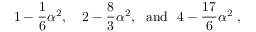
1 - \frac { 1 } { 6 } \alpha ^ { 2 } , ~ ~ ~ 2 - \frac { 8 } { 3 } \alpha ^ { 2 } , { } ~ ~ \mathrm { a n d } ~ ~ 4 - \frac { 1 7 } { 6 } \alpha ^ { 2 } \; ,